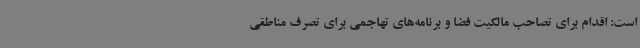
است: اقدام برای تصاحب مالکیت فضا و برنامه‌های تهاجمی برای تصرف مناطقی